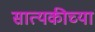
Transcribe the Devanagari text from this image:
सात्यकीच्या